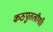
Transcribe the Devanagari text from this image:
कठपुतलीयाँ।